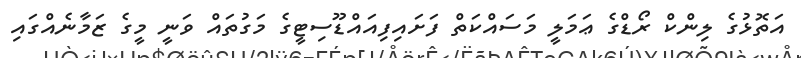
އަތޮޅުގެ ލިންކް ރޯޑްގެ ޢަމަލީ މަސައްކަތް ފަށައިފިއައްޑޫސިޓީގެ މަގުތައް ވަނީ މީގެ ޒަމާނެއްގައި